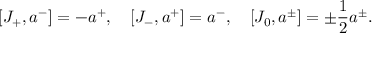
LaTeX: [ { \cal J } _ { + } , a ^ { - } ] = - a ^ { + } , \quad [ { \cal J } _ { - } , a ^ { + } ] = a ^ { - } , \quad [ { \cal J } _ { 0 } , a ^ { \pm } ] = \pm \frac { 1 } { 2 } a ^ { \pm } .